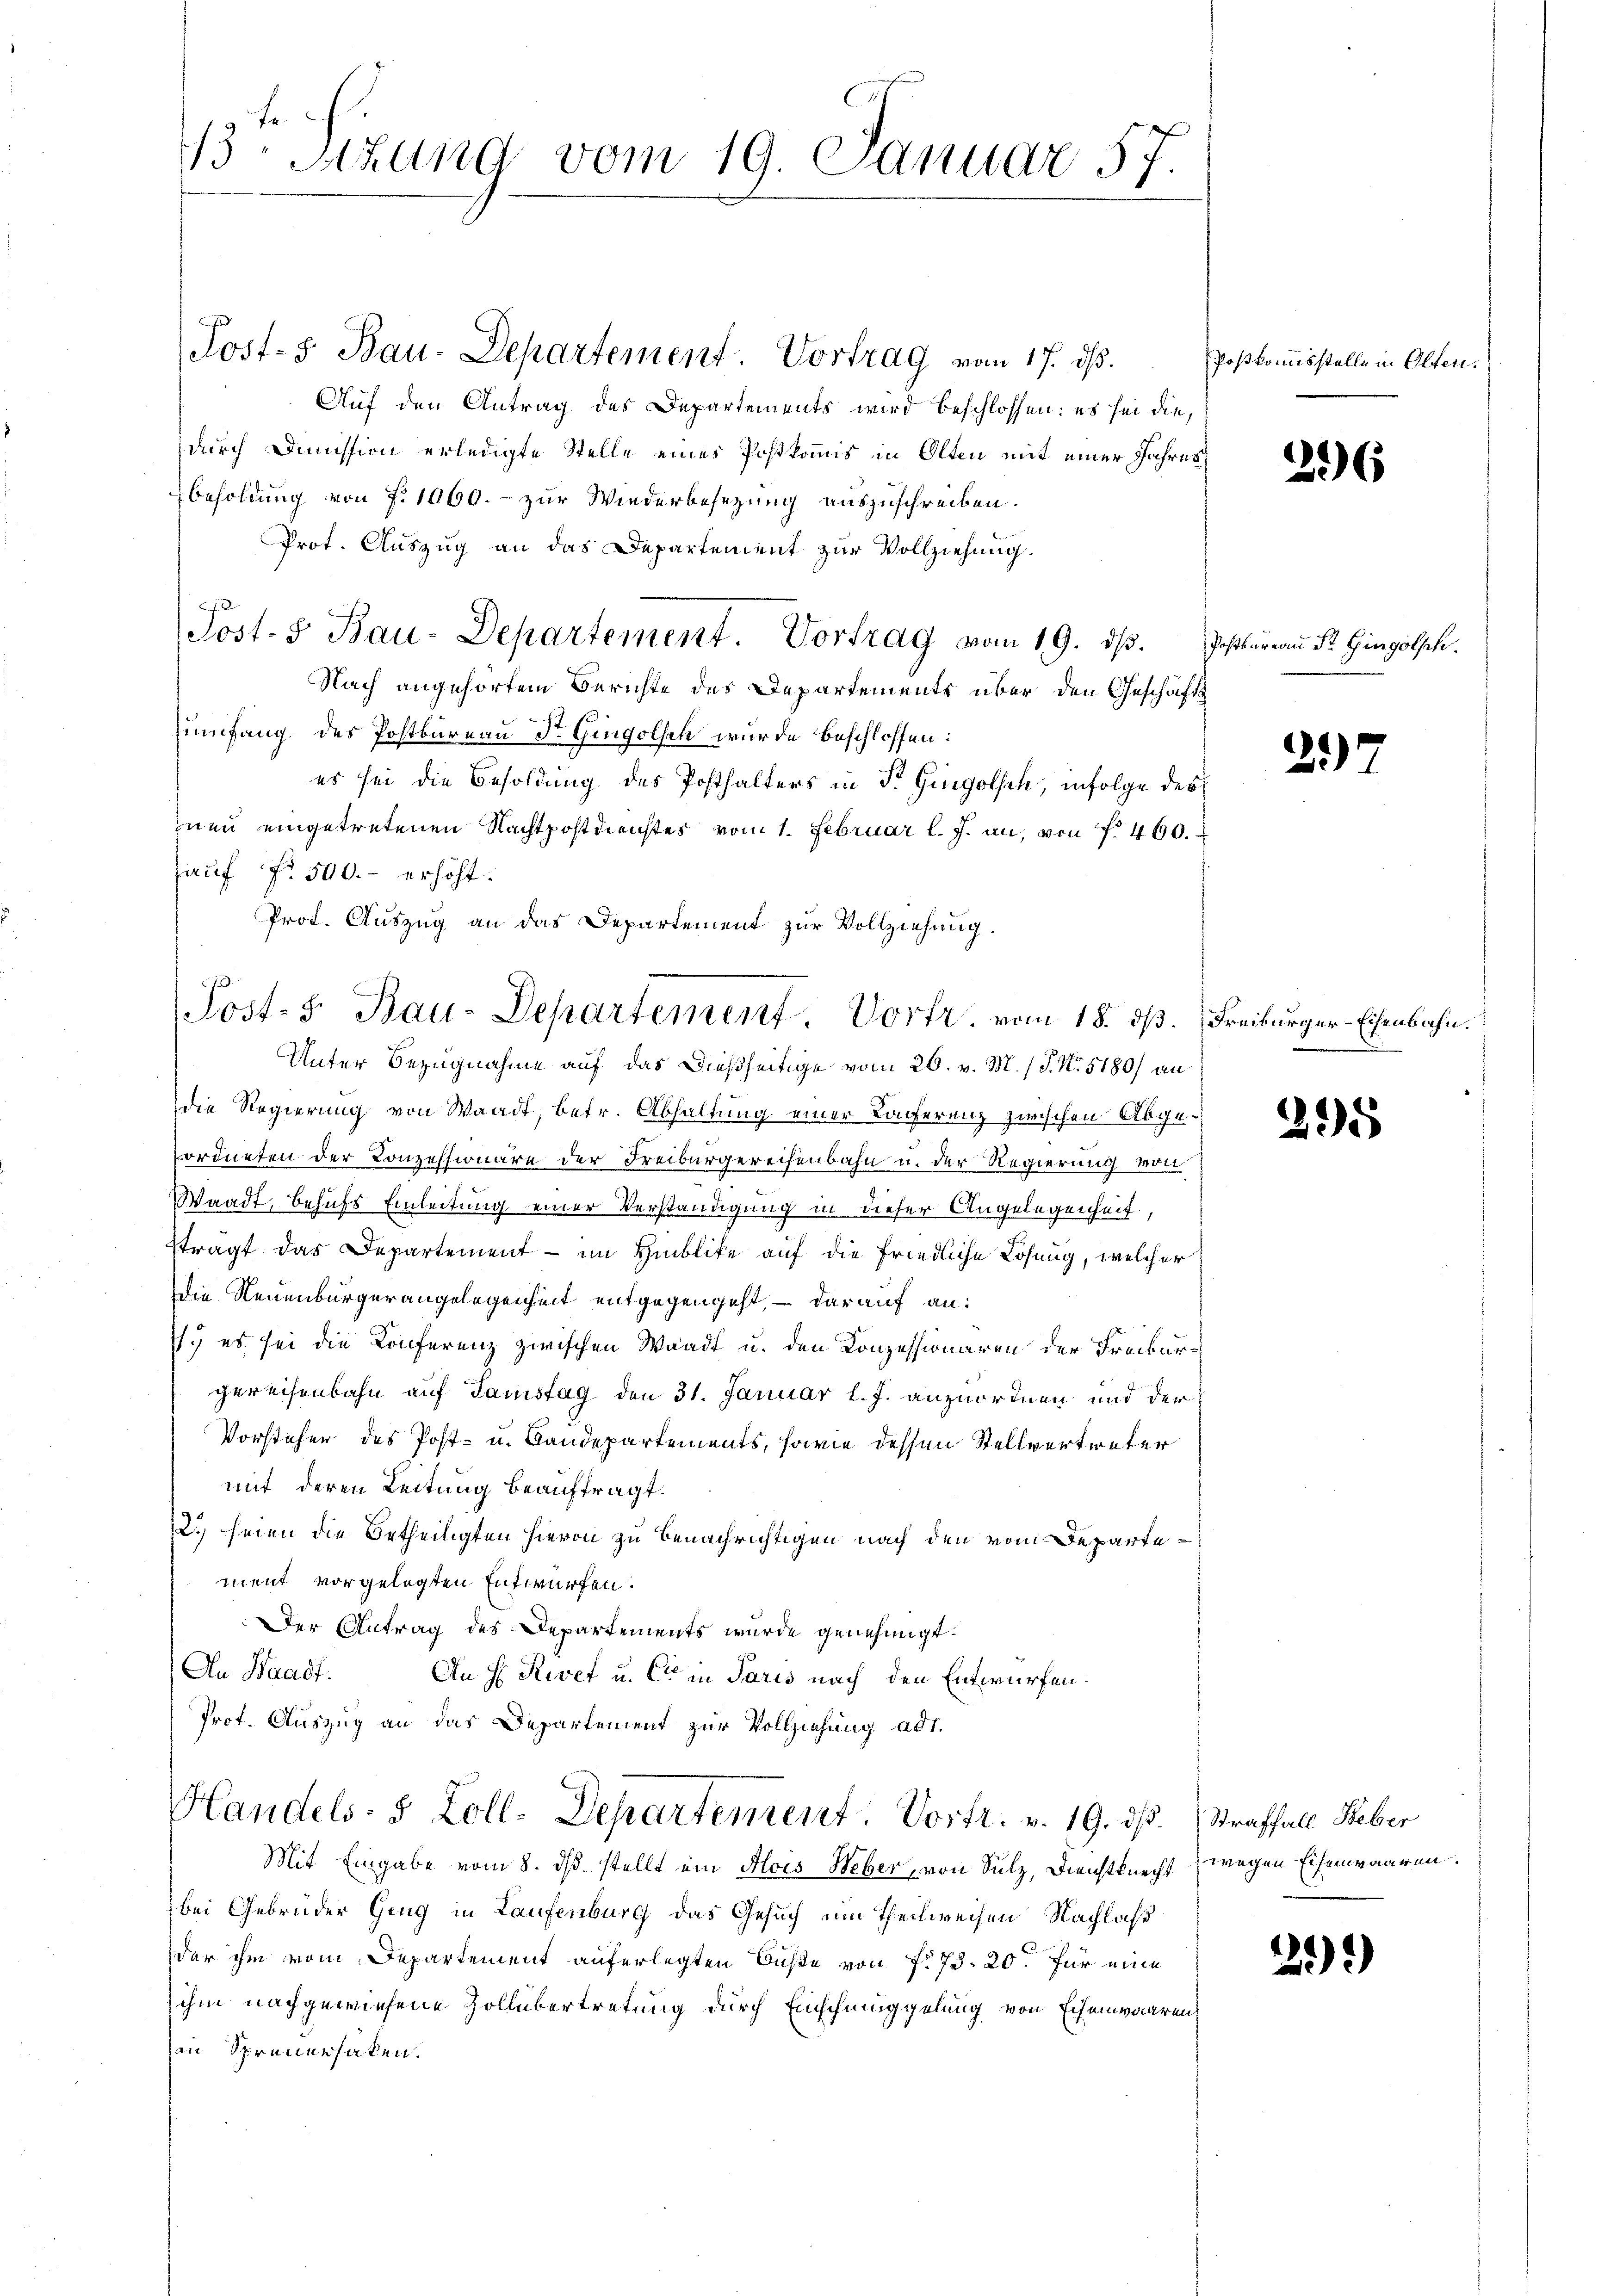
13. Sitzung vom 19. Januar 57

Auf den Antrag des Departements wird beschlossen: es sei die,
durch Dimission erledigte Stelle eines Postkommis in Olten mit einer Jahres
Besoldung von No 1060. - zur Wiederbesezung auszuschreiben.
Prot. Auszug an das Departement zur Vollziehung.
Post- 5. Bau-Departement. Vortrag vom 19. dβ. Postbureau Dr. Gingolsch.
Nach angehörtem Berichte des Departements über den Geschäfts
Zumfang des Postkureau Dr. Gingolsen wurde beschlossen:
es sei die Besoldung des Posthalters in St. Gingolsch, infolge des
neu eingetretenen Nachtpostdienstes vom 1. Februar l. J. an, von f. 460.
auf No 500.- erhöht.
Prof. Auszug an das Departement zur Vollziehung.

Post- 3. Bau-Departement, Vortr. vom 18. ds. Freiburger-Eisenbahn.

Unter Bezugnahme auf das dießseitige vom 26. v. M. / P. Nr. 5180/ an
die Regierung von Waadt, betr. Abhaltung einer Conferenz zwischen Abgeordneten der Konzessionäre der Freiburgereisenbahn u. der Regierung von
Waadt, behufs Einleitung einer Verständigung in dieser Angelegenheit,
ftragt das Departement - im Hinblicke auf die friedliche Lösung, welcher
Die Neuenburgerangelegenheit entgegengeht, – darauf an:
.) es sei die Konferenz zwischen Waadt u. den Konzessionären der Freiburgereisenbahn auf Samstag den 31. Januar l. J. anzuordnen und der
Vorsteher des Post- u. Bandepartements, sowie dessen Stellvertreter
mit deren Leitung beauftragt.
2.) seien die Betheiligten hievon zu benachrichtigen nach den vom Departement vorgelegten Entwürfen.
Der Antrag des Departements wurde genehmigt.
An Waadt.
An H. Rivet u. C in Paris nach den Entwürfen.
Prof. Auszug an das Departement zur Vollziehung ad 1.
Handels- 8 Zoll-Departement. Vortr. v. 19. ds. Straffall Feber
Mit Eingabe vom 8. ds. stellt ein Alois Weber, von Sulz, Dienstknecht wegen Eisenwaaren.
bei Gebrüder Geng in Laufenburg das Gesuch ein Theilweisen Nachlaß
der ihm vom Departement auferlegten Buße von f. 73. 20. für eine
ihm nachgewiesene Zollübertretung durch Einschmuggelung von Echenwaarenan Spreuerhaken.

Post-5 Bau-Departement. Vortrag vom 17. ds.

Poskommisstelle in Olten.

226

217

295

29)